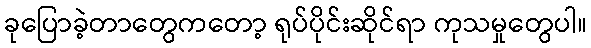
ခုပြောခဲ့တာတွေကတော့ ရုပ်ပိုင်းဆိုင်ရာ ကုသမှုတွေပါ။